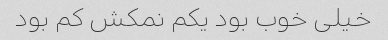
خیلی خوب بود یکم نمکش کم بود